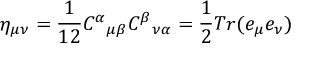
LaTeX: \eta _ { \mu \nu } = \frac { 1 } { 1 2 } { C ^ { \alpha } } _ { \mu \beta } { C ^ { \beta } } _ { \nu \alpha } = \frac { 1 } { 2 } T r ( e _ { \mu } e _ { \nu } )